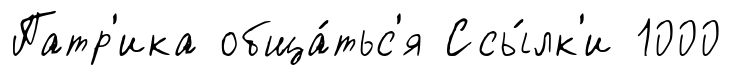
Патр'ика обща́тьс'я Ссы́лк'и 1000